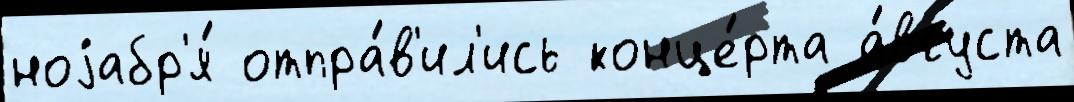
ноjабр'я́ отпра́в'ил'ись конце́рта а́вгуста